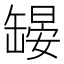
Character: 𱺳